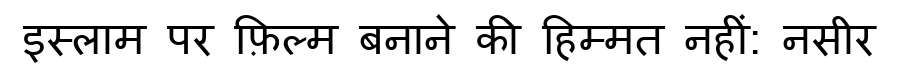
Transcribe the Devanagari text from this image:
इस्लाम पर फ़िल्म बनाने की हिम्मत नहीं: नसीर